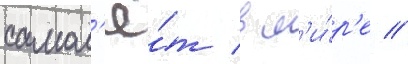
самол'ё́т в м'и́р'е //